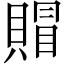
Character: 賵